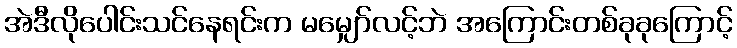
အဲဒီလိုပေါင်းသင်နေရင်းက မမျှော်လင့်ဘဲ အကြောင်းတစ်ခုခုကြောင့်